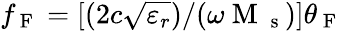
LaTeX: f_{\mathrm{~F~}}=[(2c\sqrt{\varepsilon_{r}})/(\omega\mathrm{~M~}_{\mathrm{~s~}})]\theta_{\mathrm{~F~}}